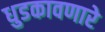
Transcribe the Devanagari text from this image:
धुडकावणारे